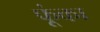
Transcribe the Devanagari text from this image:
फूंका